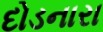
દોડનારા